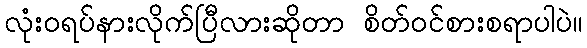
လုံးဝရပ်နားလိုက်ပြီလားဆိုတာ စိတ်ဝင်စားစရာပါပဲ။